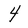
Character: 4